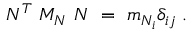
N ^ { T } ~ { \cal M } _ { \cal N } ~ N ~ = ~ m _ { { \cal N } _ { i } } \delta _ { i j } \; .